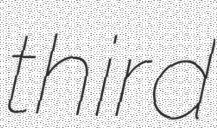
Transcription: third